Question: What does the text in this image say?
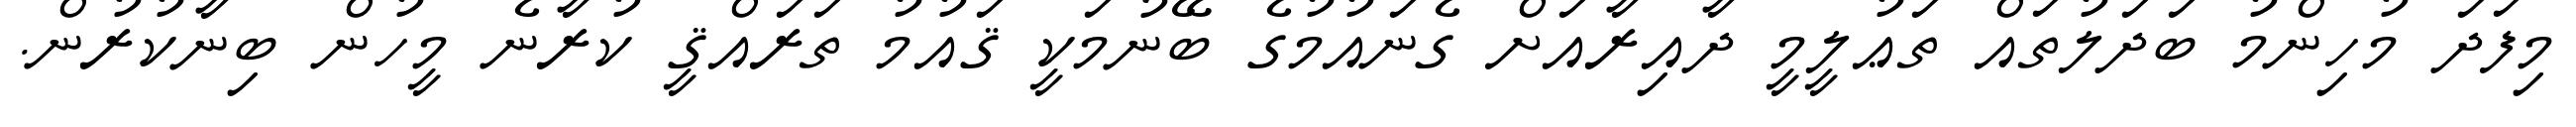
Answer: މިފަދަ މުހިންމު ބަދަލުތައް ތަޢުލީމީ ދާއިރާއަށް ގެނައުމުގެ ބޭނުމަކީ ޤައުމު ތަރައްޤީ ކުރާނެ މީހުން ބިނާކުރުން.